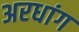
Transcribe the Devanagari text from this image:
अरधांग